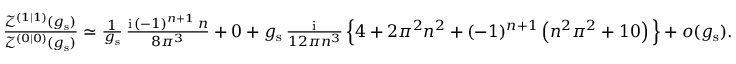
\begin{array} { r } { \frac { \mathcal { Z } ^ { ( 1 | 1 ) } ( g _ { \mathrm { s } } ) } { \mathcal { Z } ^ { ( 0 | 0 ) } ( g _ { \mathrm { s } } ) } \simeq \frac { 1 } { g _ { \mathrm { s } } } \, \frac { { \mathrm { i } } \, ( - 1 ) ^ { n + 1 } \, n } { 8 \pi ^ { 3 } } + 0 + g _ { \mathrm { s } } \, \frac { { \mathrm { i } } } { 1 2 \pi n ^ { 3 } } \, \Big \{ 4 + 2 \pi ^ { 2 } n ^ { 2 } + ( - 1 ) ^ { n + 1 } \left( n ^ { 2 } \pi ^ { 2 } + 1 0 \right) \Big \} + o ( g _ { \mathrm { s } } ) . } \end{array}